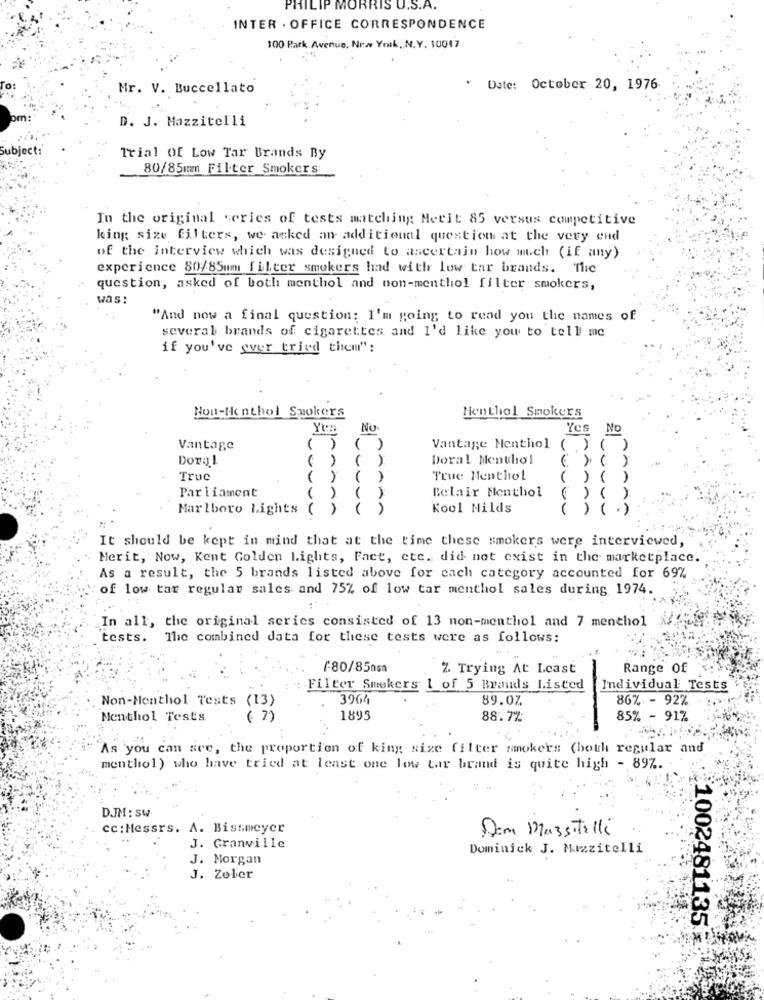
PHILIP MORRIS U.S.A.
INTER . OFFICE CORRESPONDENCE
100 Park Avenue, New York ,, N.Y. 10017
Mr. V. Buccellato
Date: October 20, 1976
D. J. Mazzitelli
ject:
Trial Of Low Tar Brands By
80/85mm Filter Smokers:
In the original series of tests matching Merit 85 versus competitive
king size filters, we asked an additional question at the very end
of the interview which was designed to ascertain how much (if any)
experience 80/85mmmm filter smokers had with low tar brands. The
question, asked of both menthol and non-menthol filter smokers,
was:
"And now a final question: I'm going to read you the names of
several brands of cigarettes and I'd like you to tell me
if you've ever tried them":
Non-Henthol Smokers
Hen thol Smokers
Yt
No.
Yes No
Vantage
( )
Vantage Menthol ( ) ( )
Doral
( )
Doral Menthol
( ) ( )
Truc
)
True Menthol
Parliament
Belair Menthol
A
Marlboro Lights
AA
Kool Hilds
It should be kept in mind that at the time these smokers were interviewed,
Merit, Now, Kent Golden Lights, Fact, cte. did not exist in the marketplace.
As a result, the 5 brands listed above for each category accounted for 69%
of low tar regular sales and 75% of low tar menthol sales during 1974.
In all, the original series consisted of 13 non-menthol and 7 menthol
tests. The combined data for these tests were as follows:
(80/85ns
% Trying At Least
Range of
: Filter Smokers 1 of 5 Brands Listed
Individual Tests
396h
89.0%
86% - 92%
Non-Menthol Tests (13)
Menthol Tests.
( 2)
1895
88.7%
85% - 91%
As you can see, the proportion of king size fitter smokers (both regular and
menthol) who have tried at least one low tar brand is quite high - 897.
D.IM : SW
cc: Messrs. A. Bissmeyer
Dami Mazzitelli
J. Granville
Dominick J. Mazzitelli
J. Morgan
J. Zoler
1002481135